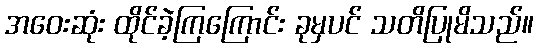
အဝေးဆုံး ထိုင်ခဲ့ကြကြောင်း ခုမှပင် သတိပြုမိသည်။